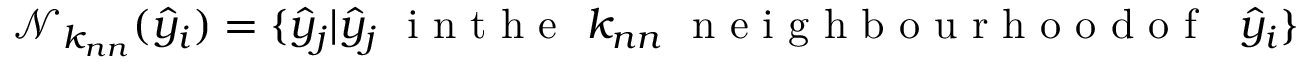
\mathcal N _ { k _ { n n } } ( \hat { y } _ { i } ) = \{ \hat { y } _ { j } | \hat { y } _ { j } \ \mathrm { ~ i ~ n ~ t ~ h ~ e ~ } \ k _ { n n } \ \mathrm { ~ n ~ e ~ i ~ g ~ h ~ b ~ o ~ u ~ r ~ h ~ o ~ o ~ d ~ o ~ f ~ } \ \ \hat { y } _ { i } \}